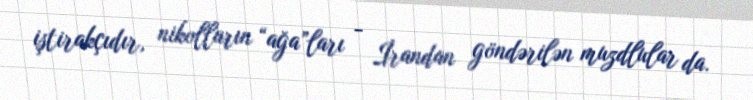
iştirakçıdır, nikolların “ağa”ları - İrandan göndərilən muzdlular da.